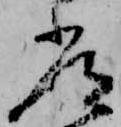
常